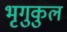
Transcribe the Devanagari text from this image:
भृगुकुल